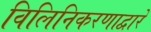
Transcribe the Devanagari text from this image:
विलिनिकरणाद्वारे